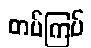
တပ်ကြပ်